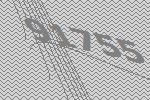
91755